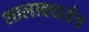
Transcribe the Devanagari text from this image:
शालाक्ययंत्र